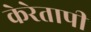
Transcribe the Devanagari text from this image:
केरेतापी